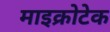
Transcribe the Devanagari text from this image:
माइक्रोटेक